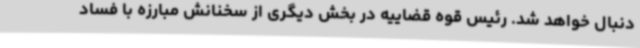
دنبال خواهد شد. رئیس قوه قضاییه در بخش دیگری از سخنانش مبارزه با فساد